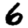
Digit: 6